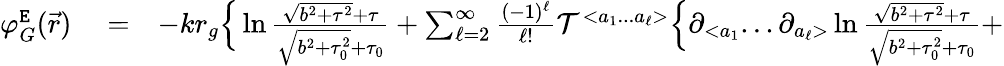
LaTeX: \begin{array}{rlr}{\varphi_{G}^{\tt E}(\vec{r})}&{{}=}&{-kr_{g}\Big\{ \ln\frac{\sqrt{b^{2}+\tau^{2}}+\tau}{\sqrt{b^{2}+\tau_{0}^{2}}+\tau_{0}}+\sum_{\ell=2}^{\infty}\frac{(-1)^{\ell}}{\ell!}{\cal T}^{<a_{1}...a_{\ell}>}\Big\{ \partial_{<a_{1}}...\partial_{a_{\ell}>}\ln\frac{\sqrt{b^{2}+\tau^{2}}+\tau}{\sqrt{b^{2}+\tau_{0}^{2}}+\tau_{0}}+}\end{array}